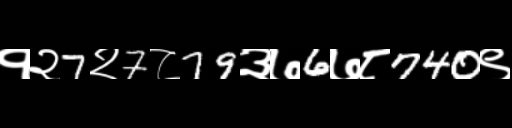
Text: १२7२7८79३७6७८740९